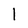
Character: 1